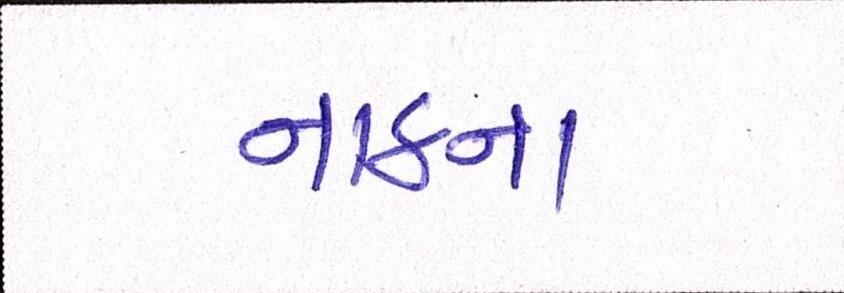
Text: નાકના